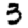
Digit: 3